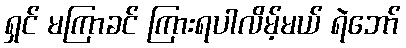
ရှင် မကြာခင် ကြားရပါလိမ့်မယ် ရဲဘော်